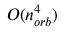
O ( n _ { o r b } ^ { 4 } )